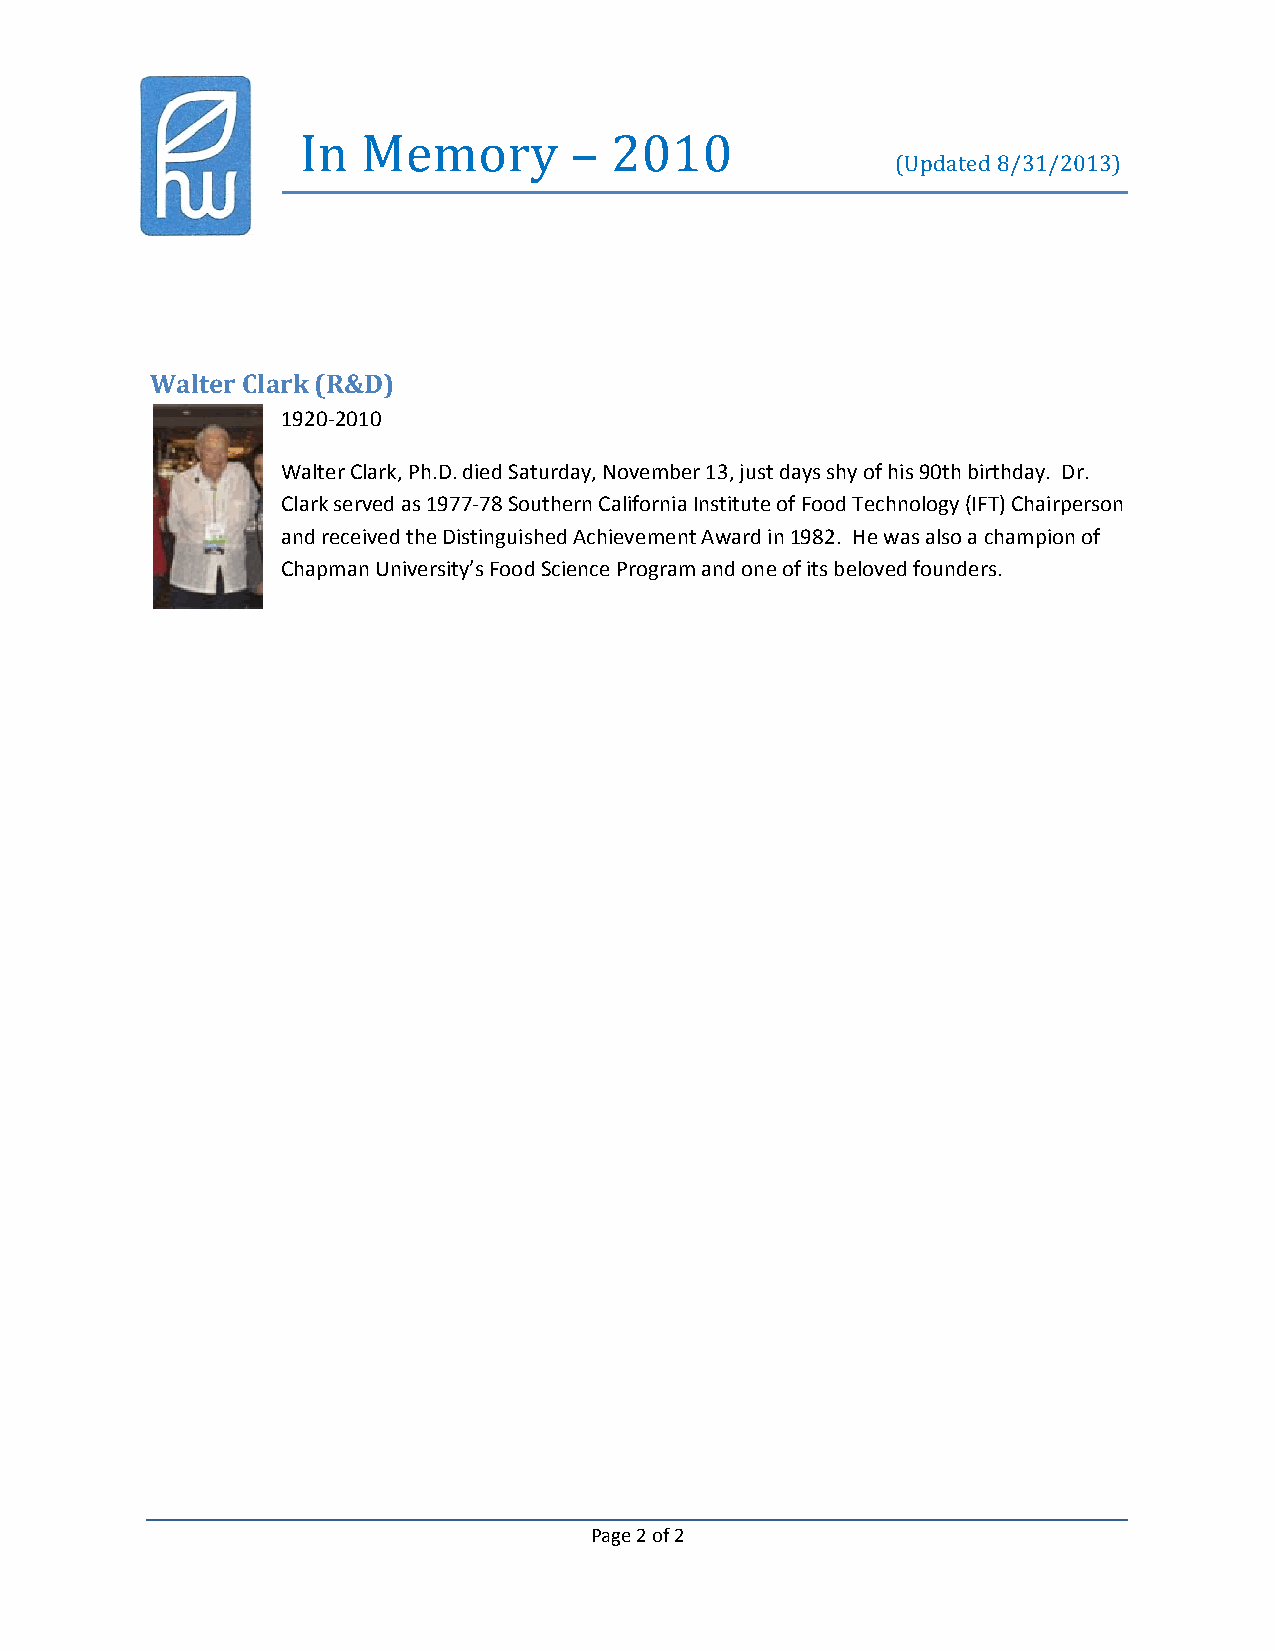
In  Memory        – 2010
 (Updated 8/31/2013)
 Walter Clark (R&D)
 1920‐2010
 Walter Clark, Ph.D. died Saturday, November 13, just days shy of his 90th birthday. Dr.
 Clark served as 1977‐78 Southern California Institute of Food Technology (IFT) Chairperson
 and received the Distinguished Achievement Award in 1982. He was also a champion of
 Chapman University’s Food Science Program and one of its beloved founders.
 Page 2 of 2